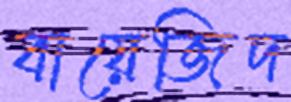
বায়েজিদ